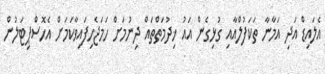
އެލައިޑް އަދި އަމާނާ ތަކަފުލްއާއި ގުޅިގެން އައު ޚިދުމަތްތައް ދިނުމަށް ހަމަޖެހިފައިވާކަމަށް އެހޮސްޕިޓަލުން